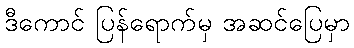
ဒီကောင် ပြန်ရောက်မှ အဆင်ပြေမှာ